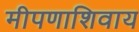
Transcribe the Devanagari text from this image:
मीपणाशिवाय